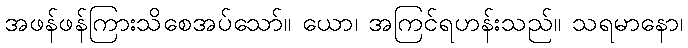
အဖန်ဖန်ကြားသိစေအပ်သော်။ ယော၊ အကြင်ရဟန်းသည်။ သရမာနော၊